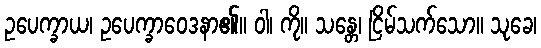
ဥပေက္ခာယ၊ ဥပေက္ခာဝေဒနာ၏။ ဝါ၊ ကို။ သန္တေ၊ ငြိမ်သက်သော။ သုခေ၊